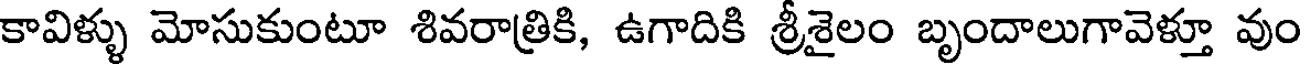
కావిళ్ళు మోసుకుంటూ శివరాత్రికి, ఉగాదికి శ్రీశైలం బృందాలుగావెళ్తూ వుం